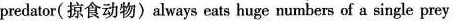
predstor( 掠食动物)always eatr huge numbers of a single prey